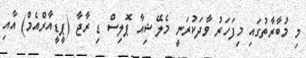
މި މުބާރާތުގައި މިފަހަރު ވާދަކުރަނީ މެލޭޝިއާ ޕޮލިސް ޑި ރާޖާ (ޕީޑީއާރްއެމް) އާއި